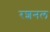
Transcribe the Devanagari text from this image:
रशनल